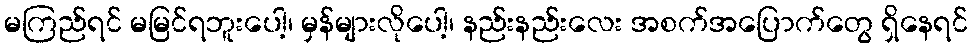
မကြည်ရင် မမြင်ရဘူးပေါ့၊ မှန်များလိုပေါ့၊ နည်းနည်းလေး အစက်အပြောက်တွေ ရှိနေရင်